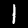
Label: 1